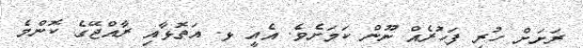
ރަށަށް ހުރި ފަހުރެއް ނޫން ކަމަށެވެ. އެއީ ޅ. އަތޮޅާއި ރާއްޖޭގެ ކޮންމެ